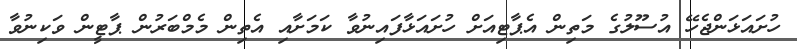
ހުށައަޅަންޖެހޭ އުސޫލުގެ މަތިން އެޕާޓިއަށް ހުށައަޅާފައިނުވާ ކަމަށާއި އެތިން މެމްބަރުން ޕާޓީން ވަކިނުވާ